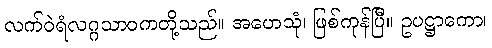
လက်ဝဲရံလဂ္ဂသာဝကတို့သည်။ အဟေသုံ၊ ဖြစ်ကုန်ပြီ။ ဥပဋ္ဌာကော၊